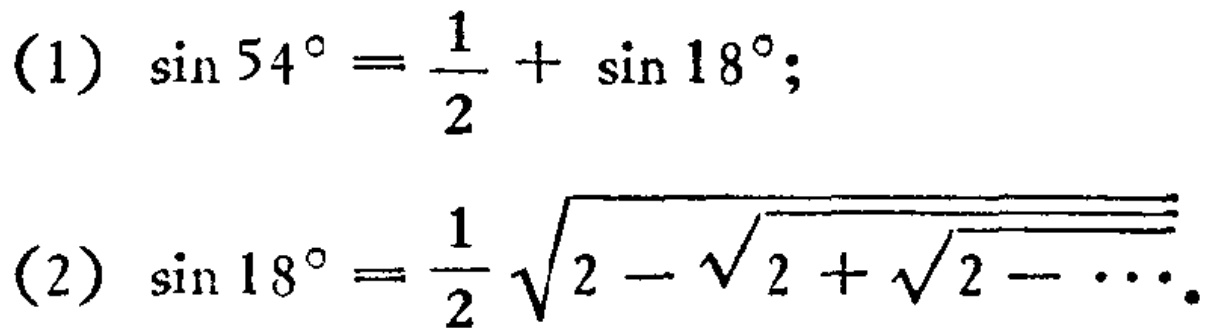
(1) \(\sin 54^{\circ}=\frac{1}{2}+\sin 18^{\circ}\);

(2) \(\sin 18^{\circ}=\frac{1}{2}\sqrt{2 - \sqrt{2 + \sqrt{2 - \cdots}}}\)